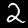
Label: 2